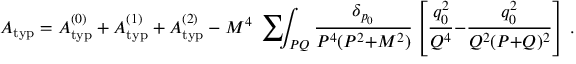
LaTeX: A _ { \mathrm { t y p } } = A _ { \mathrm { t y p } } ^ { ( 0 ) } + A _ { \mathrm { t y p } } ^ { ( 1 ) } + A _ { \mathrm { t y p } } ^ { ( 2 ) } - M ^ { 4 } \mathrm { ~ \sum ~ } \! \! \! \! \! \! \int _ { P Q } { \frac { \delta _ { p _ { 0 } } } { P ^ { 4 } ( P ^ { 2 } { + } M ^ { 2 } ) } } \left[ { \frac { q _ { 0 } ^ { 2 } } { Q ^ { 4 } } } { - } { \frac { q _ { 0 } ^ { 2 } } { Q ^ { 2 } ( P { + } Q ) ^ { 2 } } } \right] \, .